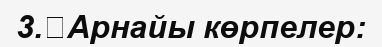
3.	Арнайы көрпелер: